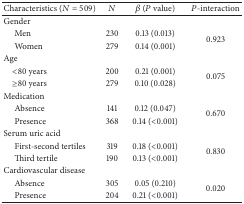
| Characteristics (N = 509) | N | β (P value) | P-interaction |
 | --- | --- | --- | --- |
 | Gender |  |  |  |
 | Men | 230 | 0.13 (0.013) | <ROWSPAN=2> 0.923 |
 | Women | 279 | 0.14 (0.001) |
 | Age |  |  |  |
 | <80 years | 200 | 0.21 (0.001) | <ROWSPAN=2> 0.075 |
 | ≥80 years | 279 | 0.10 (0.028) |
 | Medication |  |  |  |
 | Absence | 141 | 0.12 (0.047) | <ROWSPAN=2> 0.670 |
 | Presence | 368 | 0.14 (<0.001) |
 | Serum uric acid |  |  |  |
 | First-second tertiles | 319 | 0.18 (<0.001) | <ROWSPAN=2> 0.830 |
 | Third tertile | 190 | 0.13 (<0.001) |
 | Cardiovascular disease |  |  |  |
 | Absence | 305 | 0.05 (0.210) | <ROWSPAN=2> 0.020 |
 | Presence | 204 | 0.21 (<0.001) |